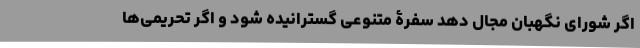
اگر شورای نگهبان مجال دهد سفرۀ متنوعی گسترانیده شود و اگر تحریمی‌ها